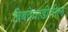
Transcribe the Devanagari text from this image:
बिबवेवाडीतील